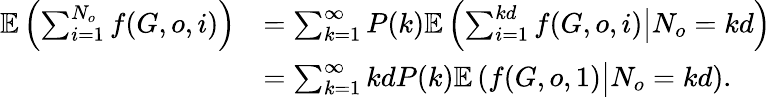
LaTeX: \begin{array}{rl}{\mathbb{E}\left(\sum_{i=1}^{N_{o}}f(G,o,i)\right)}&{=\sum_{k=1}^{\infty}P(k)\mathbb{E}\left(\sum_{i=1}^{kd}f(G,o,i)\big|N_{o}=kd\right)}\\ &{=\sum_{k=1}^{\infty}kdP(k)\mathbb{E}\left(f(G,o,1)\big|N_{o}=kd\right).}\end{array}